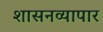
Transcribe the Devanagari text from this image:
शासनव्यापार